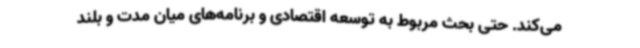
می‌کند. حتی بحث مربوط به توسعه اقتصادی و برنامه‌های میان مدت و بلند